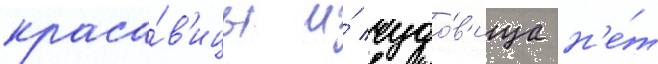
краса́в'ицы и́ чудо́в'ища н'е́т